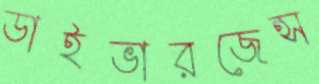
ডাইভারজেন্স